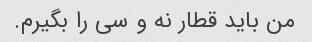
من باید قطار نه و سی را بگیرم.